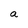
Character: a